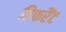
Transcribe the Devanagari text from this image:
डिफरैंट